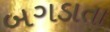
બગડાતા